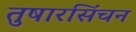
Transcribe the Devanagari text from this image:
तुषारसिंचन